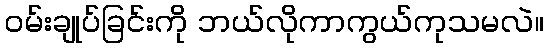
၀မ်းချုပ်ခြင်းကို ဘယ်လိုကာကွယ်ကုသမလဲ။